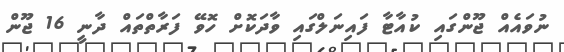
ނުވައެއް ޖޫންގައި ކުއާޓާ ފައިނަލްގައި ވާދަކޮށް ހޮވޭ ފަރާތްތައް ދާނީ 16 ޖޫން